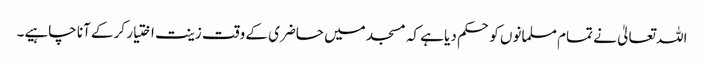
اللہ تعالیٰ نے تمام مسلمانوں کو حکم دیا ہے کہ مسجد میں حاضری کے وقت زینت اختیار کر کے آنا چاہیے۔